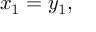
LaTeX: x _ { 1 } = y _ { 1 } ,